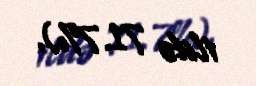
ildə 71.7%).